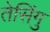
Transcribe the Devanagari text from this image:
तेसिंगु